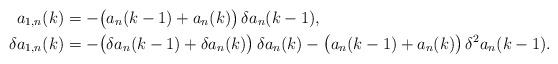
LaTeX: \begin{align*}a_{1,n}(k)&=-\bigl(a_n(k-1)+a_n(k)\bigr)\,\delta a_n(k-1),\\\delta a_{1,n}(k)&=-\bigl(\delta a_n(k-1)+\delta a_n(k)\bigr)\,\delta a_n(k)-\bigl(a_n(k-1)+a_n(k)\bigr)\,\delta^2a_n(k-1).\end{align*}